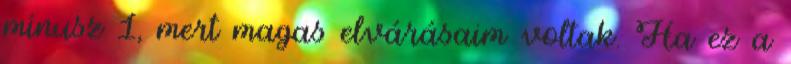
mínusz 1, mert magas elvárásaim voltak. Ha ez a